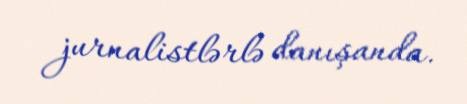
jurnalistlərlə danışanda.